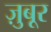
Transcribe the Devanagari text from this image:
ज़ुबूर